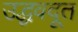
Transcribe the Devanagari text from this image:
उद्धवदूत